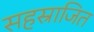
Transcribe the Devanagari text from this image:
सहस्राजित